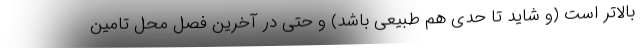
بالاتر است (و شاید تا حدی هم طبیعی باشد) و حتی در آخرین فصل محل تامین